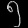
Digit: ၅